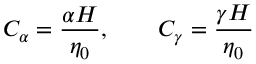
C _ { \alpha } = \frac { \alpha H } { \eta _ { 0 } } , \qquad C _ { \gamma } = \frac { \gamma H } { \eta _ { 0 } }